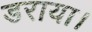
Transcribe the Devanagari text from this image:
डराया।